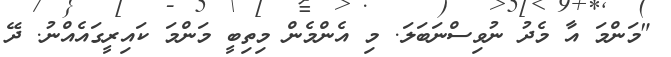
"މަންމަ އާ މެދު ނުވިސްނަބަލަ. މި އެންމެން މިތިބީ މަންމަ ކައިރީގައެއްނު. ދޭ